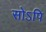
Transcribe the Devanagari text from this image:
सोऽपि